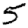
Digit: 5